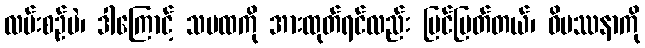
လမ်းစဉ်ပဲ၊ ဒါကြောင့် သမထကို အားထုတ်ရင်လည်း မြင်မြတ်တယ်၊ ဝိပဿနာကို